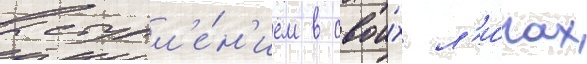
выступл'е́н'ием в свои́х л'и́гах